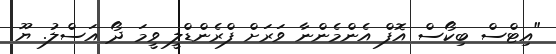
"އިޓްސް ބިކޯސް އޮފް އެންމެންނާ ވަރަށް ފްރެންޑްލީ ވީމަ ދޯ އަސްލު. ޔޫ